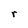
Character: r